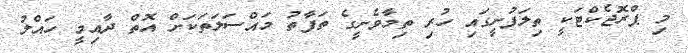
މި ޕްރޮޖެކްޓަކީ ތިލަފުށީގައި ހުރި ތިމާވެށީގެ ތަފާތު މައްސަލަތަކަށް އޮތް ދާއިމީ ހައްލު